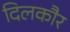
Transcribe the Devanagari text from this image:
दिलकौर